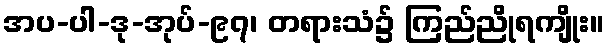
အပ-ပါ-ဒု-အုပ်-၉၇၊ တရားသံ၌ ကြည်ညိုရကျိုး။